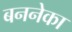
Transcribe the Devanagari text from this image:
बननेका